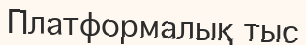
Платформалық тыс